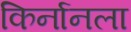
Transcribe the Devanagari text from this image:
किर्नानला